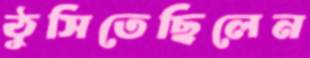
ঠুসিতেছিলেন